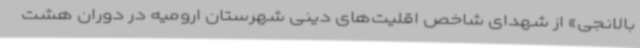
بالانجی» از شهدای شاخص اقلیت‌های دینی شهرستان ارومیه در دوران هشت